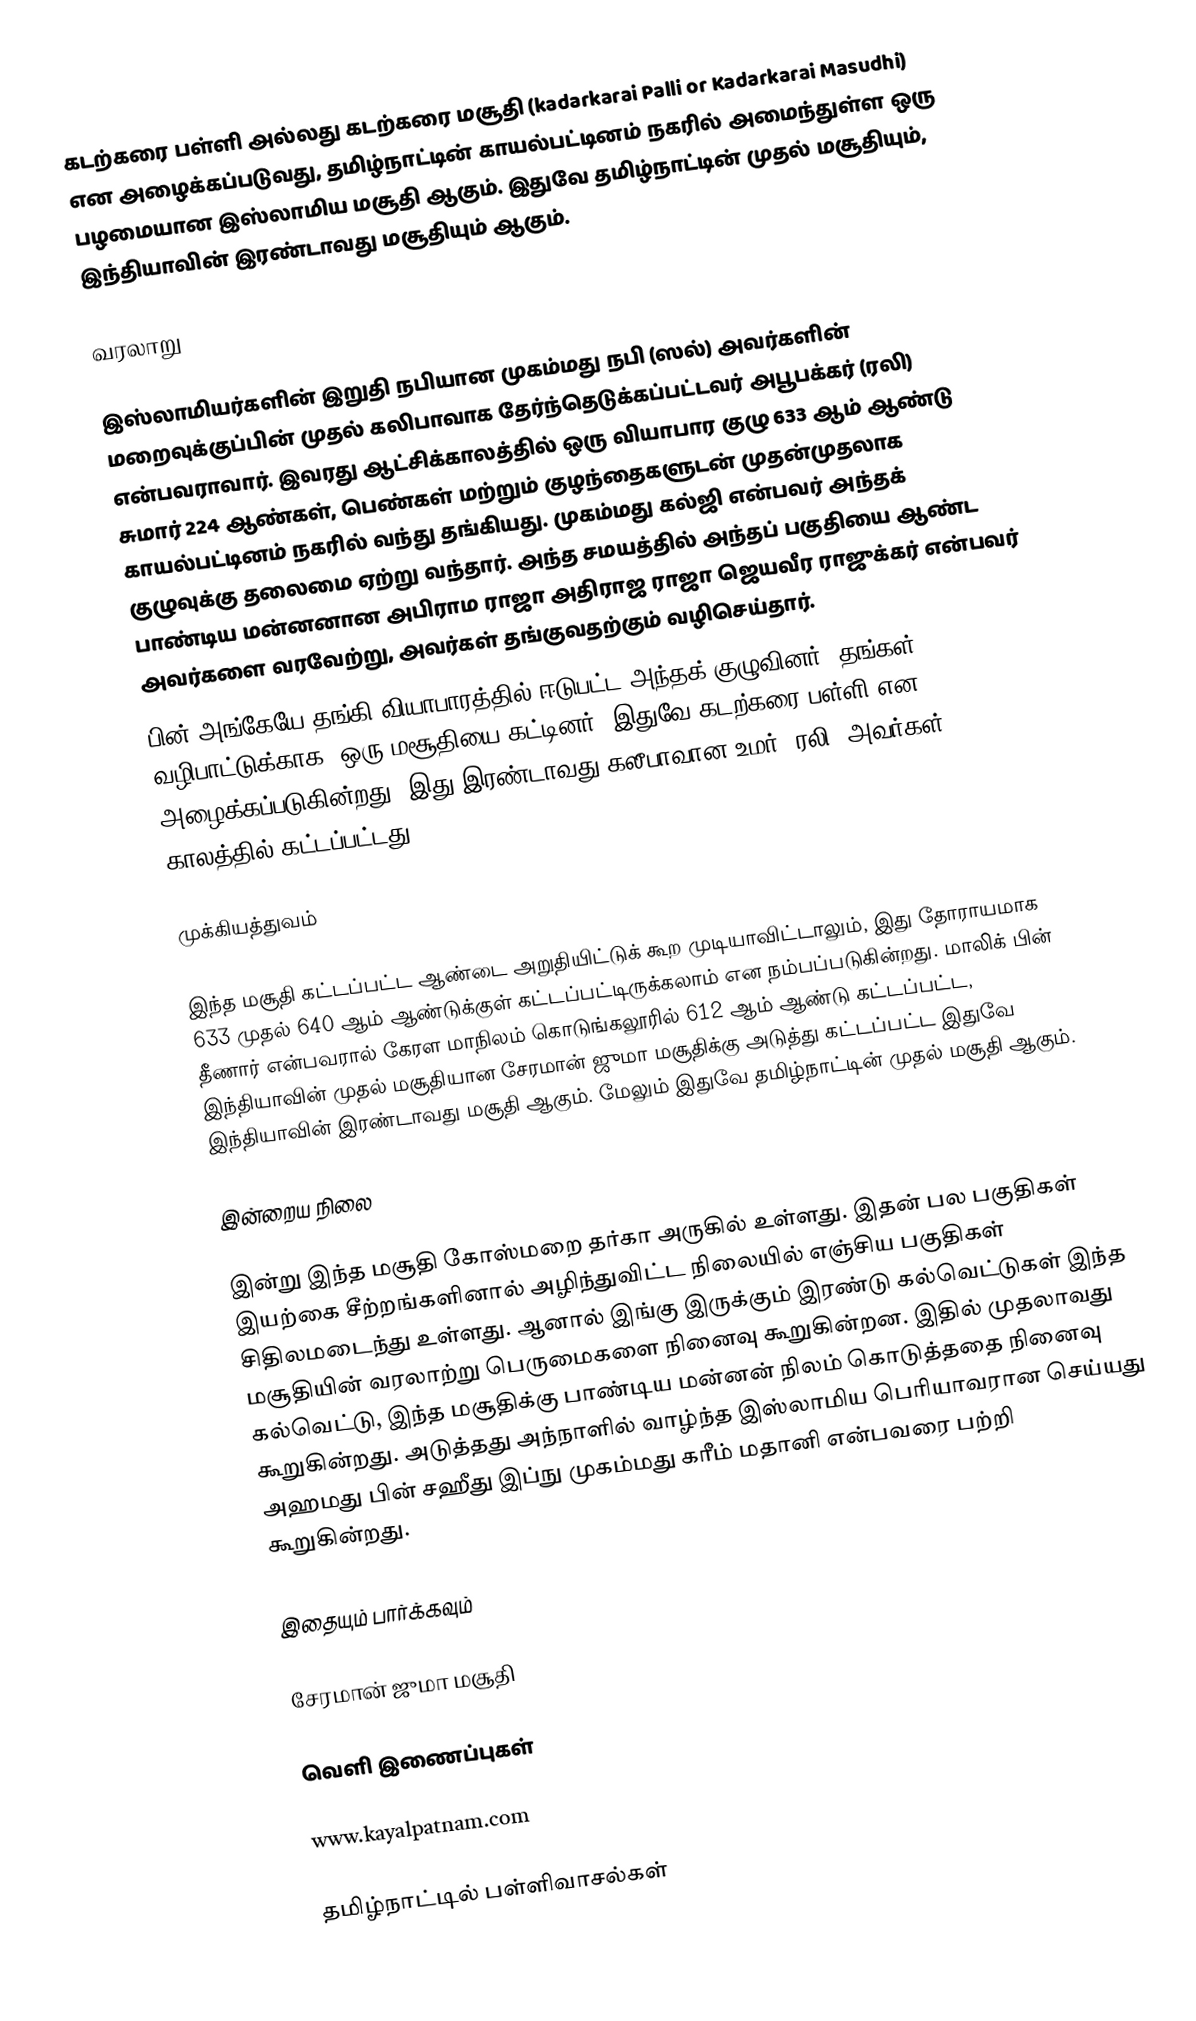
கடற்கரை பள்ளி அல்லது கடற்கரை மசூதி (kadarkarai Palli or Kadarkarai Masudhi) என அழைக்கப்படுவது, தமிழ்நாட்டின் காயல்பட்டினம் நகரில் அமைந்துள்ள ஒரு பழமையான இஸ்லாமிய மசூதி ஆகும். இதுவே தமிழ்நாட்டின் முதல் மசூதியும், இந்தியாவின் இரண்டாவது மசூதியும் ஆகும்.

வரலாறு

இஸ்லாமியர்களின் இறுதி நபியான முகம்மது நபி (ஸல்) அவர்களின் மறைவுக்குப்பின் முதல் கலிபாவாக தேர்ந்தெடுக்கப்பட்டவர் அபூபக்கர் (ரலி) என்பவராவார். இவரது ஆட்சிக்காலத்தில் ஒரு வியாபார குழு 633 ஆம் ஆண்டு சுமார் 224 ஆண்கள், பெண்கள் மற்றும் குழந்தைகளுடன் முதன்முதலாக காயல்பட்டினம் நகரில் வந்து தங்கியது. முகம்மது கல்ஜி என்பவர் அந்தக் குழுவுக்கு தலைமை ஏற்று வந்தார். அந்த சமயத்தில் அந்தப் பகுதியை ஆண்ட பாண்டிய மன்னனான அபிராம ராஜா அதிராஜ ராஜா ஜெயவீர ராஜுக்கர் என்பவர் அவர்களை வரவேற்று, அவர்கள் தங்குவதற்கும் வழிசெய்தார்.
பின் அங்கேயே தங்கி வியாபாரத்தில் ஈடுபட்ட அந்தக் குழுவினர், தங்கள் வழிபாட்டுக்காக, ஒரு மசூதியை கட்டினர். இதுவே கடற்கரை பள்ளி என அழைக்கப்படுகின்றது. இது இரண்டாவது கலீபாவான உமர் (ரலி) அவர்கள் காலத்தில் கட்டப்பட்டது.

முக்கியத்துவம்

இந்த மசூதி கட்டப்பட்ட ஆண்டை அறுதியிட்டுக் கூற முடியாவிட்டாலும், இது தோராயமாக 633 முதல் 640 ஆம் ஆண்டுக்குள் கட்டப்பட்டிருக்கலாம் என நம்பப்படுகின்றது. மாலிக் பின் தீணார் என்பவரால் கேரள மாநிலம் கொடுங்கலூரில் 612 ஆம் ஆண்டு கட்டப்பட்ட, இந்தியாவின் முதல் மசூதியான சேரமான் ஜுமா மசூதிக்கு அடுத்து கட்டப்பட்ட இதுவே இந்தியாவின் இரண்டாவது மசூதி ஆகும். மேலும் இதுவே தமிழ்நாட்டின் முதல் மசூதி ஆகும்.

இன்றைய நிலை

இன்று இந்த மசூதி கோஸ்மறை தர்கா அருகில் உள்ளது. இதன் பல பகுதிகள் இயற்கை சீற்றங்களினால் அழிந்துவிட்ட நிலையில் எஞ்சிய பகுதிகள் சிதிலமடைந்து உள்ளது. ஆனால் இங்கு இருக்கும் இரண்டு கல்வெட்டுகள் இந்த மசூதியின் வரலாற்று பெருமைகளை நினைவு கூறுகின்றன. இதில் முதலாவது கல்வெட்டு, இந்த மசூதிக்கு பாண்டிய மன்னன் நிலம் கொடுத்ததை நினைவு கூறுகின்றது. அடுத்தது அந்நாளில் வாழ்ந்த இஸ்லாமிய பெரியாவரான செய்யது அஹமது பின் சஹீது இப்நு முகம்மது கரீம் மதானி என்பவரை பற்றி கூறுகின்றது.

இதையும் பார்க்கவும்

சேரமான் ஜுமா மசூதி

வெளி இணைப்புகள்

www.kayalpatnam.com

தமிழ்நாட்டில் பள்ளிவாசல்கள்